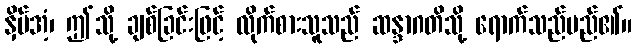
နှိပ်အံ့၊ ဤသို့ ချစ်ခြင်းဖြင့် လိုက်စားသူသည် ဆန္ဒာဂတိသို့ ရောက်သည်မည်၏။